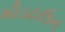
મીડટાઉન